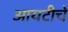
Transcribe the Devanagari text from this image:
आयटीचे